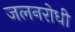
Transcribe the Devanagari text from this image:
जलनरोधी